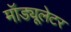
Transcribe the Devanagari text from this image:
मॉड्यूलेटर